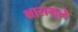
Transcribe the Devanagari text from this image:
क्षारामुळे